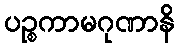
ပဉ္စကာမဂုဏာနိ